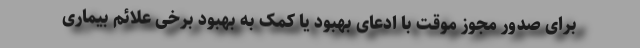
برای صدور مجوز موقت با ادعای بهبود یا کمک به بهبود برخی علائم بیماری